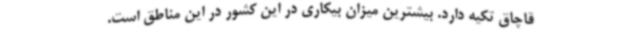
قاچاق تکیه دارد. بیشترین میزان بیکاری در این کشور در این مناطق است.